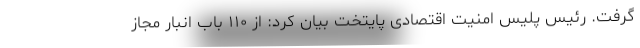
گرفت. رئیس پلیس امنیت اقتصادی پایتخت بیان کرد: از ۱۱۰ باب انبار مجاز